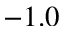
- 1 . 0